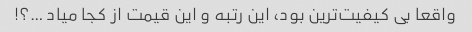
واقعا بی کیفیت‌ترین بود، این رتبه و این قیمت از کجا میاد …؟!